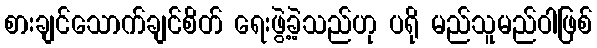
စားချင်သောက်ချင်စိတ် ရေးဖွဲ့ခဲ့သည်ဟု ပရို မည်သူမည်ဝါဖြစ်